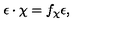
\epsilon \cdot \chi = f _ { \chi } \epsilon ,